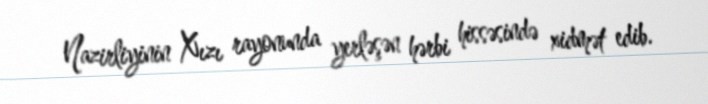
Nazirliyinin Xızı rayonunda yerləşən hərbi hissəsində xidmət edib.